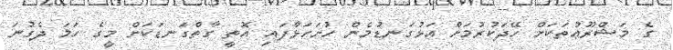
ގެ މަޝްރޫޢުތަކަށް ހޭދަކުރުމަށް އަޅުގަނޑުމެން ހުށަހަޅާފައި އޮތީ ގާތްގަނޑަކަށް މީގެ ހަމަ ދެގުނަ